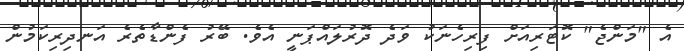
އެ "މަންޖެ" ކޮޓަރިއަށް ފިރިހެނަކު ވަދެ ދޮރުލައްޕަނީ އެވެ. ބޭރު ފެންޑާތެރެ އަނދިރިކަމުން